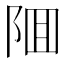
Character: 𨹰